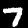
Label: 7